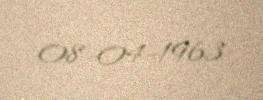
08-04-1963